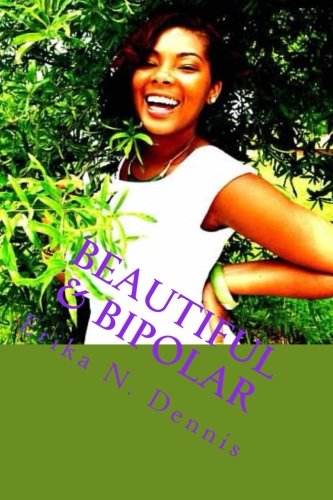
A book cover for Beautiful & Bipolar: Life,Love, and Mental Illness; Ms. Erika Nicole Dennis; Health, Fitness & Dieting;